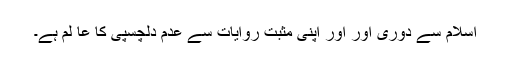
اسلام سے دوری اور اور اپنی مثبت روایات سے عدم دلچسپی کا عا لم ہے۔